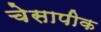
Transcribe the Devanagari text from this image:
चेसापीक